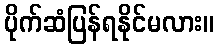
ပိုက်ဆံပြန်ရနိုင်မလား။